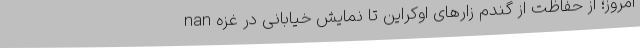
امروز؛ از حفاظت از گندم زارهای اوکراین تا نمایش خیابانی در غزه nan